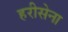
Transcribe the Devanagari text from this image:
हरीसेना